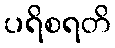
ပရိစရတိ